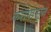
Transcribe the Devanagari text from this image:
करांपासून